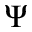
\Psi